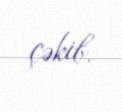
çəkib.